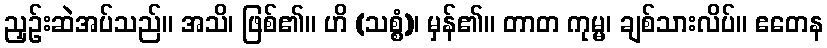
ညှဉ်းဆဲအပ်သည်။ အသိ၊ ဖြစ်၏။ ဟိ (သစ္စံ)၊ မှန်၏။ တာတ ကုမ္မ၊ ချစ်သားလိပ်။ ဧတေန